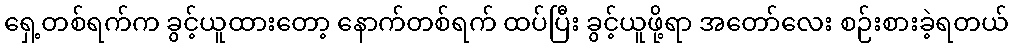
ရှေ့တစ်ရက်က ခွင့်ယူထားတော့ နောက်တစ်ရက် ထပ်ပြီး ခွင့်ယူဖို့ရာ အတော်လေး စဉ်းစားခဲ့ရတယ်